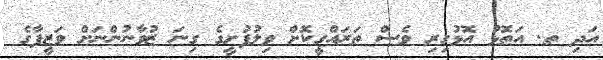
އަދި ތ. އަތޮޅު އޮޅުގިރި ވެސް ތަރައްގީކޮށް ވިލުފުށީގެ ގިނަ ޒުވާނުންނަށް ވަޒީފާގެ